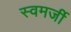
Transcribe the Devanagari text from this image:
स्वमर्जी